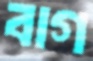
বাগ